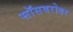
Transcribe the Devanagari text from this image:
सॉसबरोबर